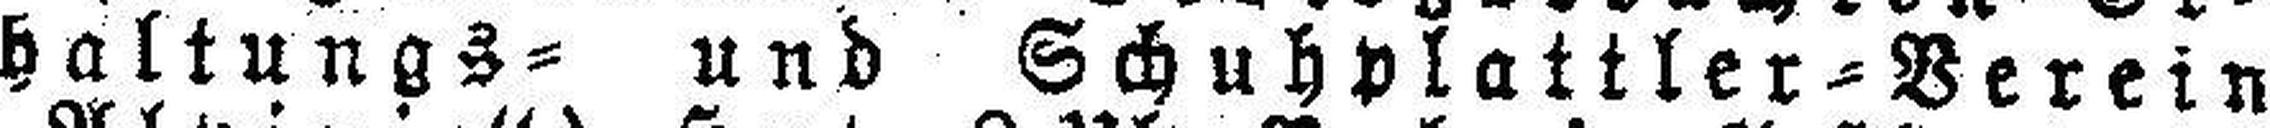
haltungs= und Schuhplattler=Verein